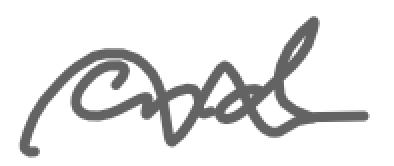
Text: and
Cross-out: wave
Writing tool: digital_gray